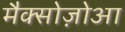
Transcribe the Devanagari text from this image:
मैक्सोज़ोआ